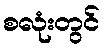
စလုံးတွင်